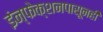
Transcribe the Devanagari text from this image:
इंन्फेक्शनपासूनही